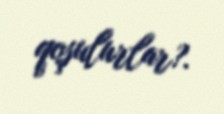
qoşulurlar?.